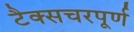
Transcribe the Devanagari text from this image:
टैक्सचरपूर्ण